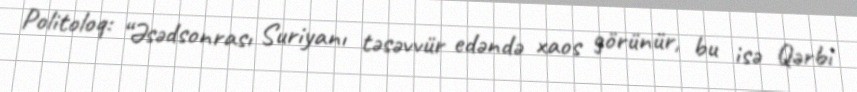
Politoloq: “Əsədsonrası Suriyanı təsəvvür edəndə xaos görünür, bu isə Qərbi